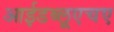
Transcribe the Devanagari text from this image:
आईडब्लूएचए